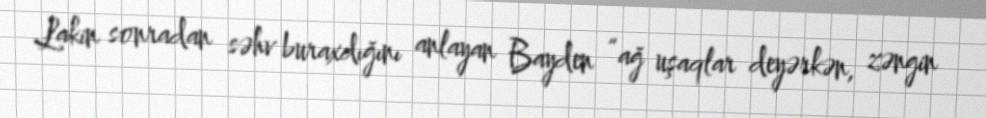
Lakin sonradan səhv buraxdığını anlayan Bayden “ağ uşaqlar deyərkən, zəngin